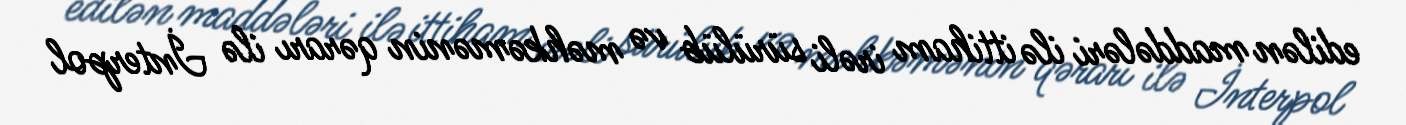
edilən maddələri ilə ittiham irəli sürülüb və məhkəmənin qərarı ilə İnterpol